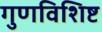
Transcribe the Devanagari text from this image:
गुणविशिष्ट